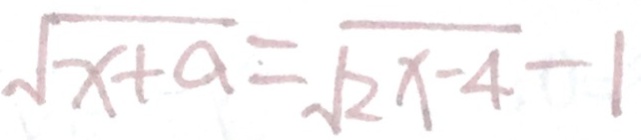
\sqrt { x + a } = \sqrt { 2 x - 4 } - 1